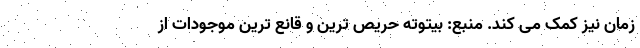
زمان نیز کمک می کند. منبع: بیتوته حریص ترین و قانع ترین موجودات از